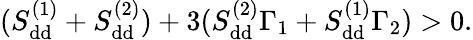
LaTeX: (S_{\mathrm{d}\mathrm{d}}^{(1)}+S_{\mathrm{d}\mathrm{d}}^{(2)})+3(S_{\mathrm{d}\mathrm{d}}^{(2)}\Gamma_{1}+S_{\mathrm{d}\mathrm{d}}^{(1)}\Gamma_{2})>0.